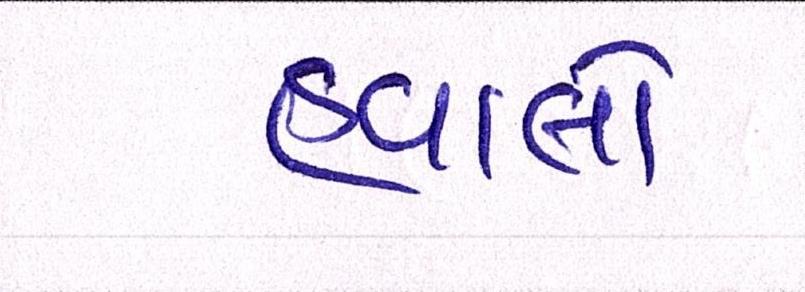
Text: હવાલો